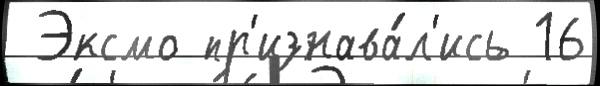
 Эксмо пр'изнава́л'ись 16